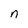
Character: n